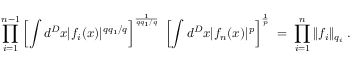
\prod _ { i = 1 } ^ { n - 1 } \left[ \int d ^ { D } x | f _ { i } ( x ) | ^ { q q _ { 1 } / q } \right] ^ { \frac { 1 } { q q _ { 1 } / q } } \; \left[ \int d ^ { D } x | f _ { n } ( x ) | ^ { p } \right] ^ { \frac { 1 } { p } } \; = \; \prod _ { i = 1 } ^ { n } \| f _ { i } \| _ { q _ { i } } \; .